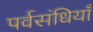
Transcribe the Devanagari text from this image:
पर्वसंधियाँ